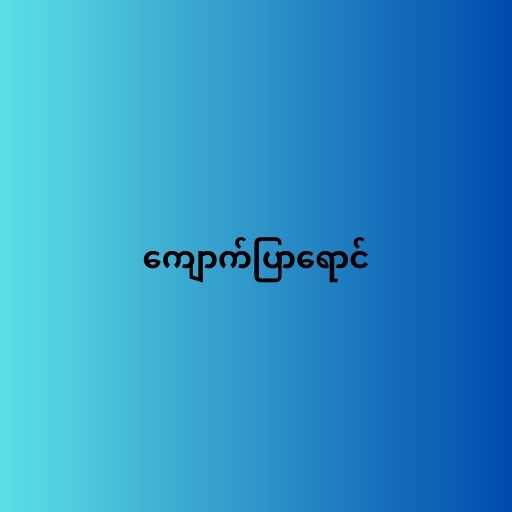
ကျောက်ပြာရောင်